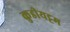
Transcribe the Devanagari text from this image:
कुडीयट्टम